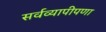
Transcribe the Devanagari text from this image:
सर्वव्यापीपणा